King Institute of Preventive Medicine Micro-Biological Section reports 1909-11
Year: 1909
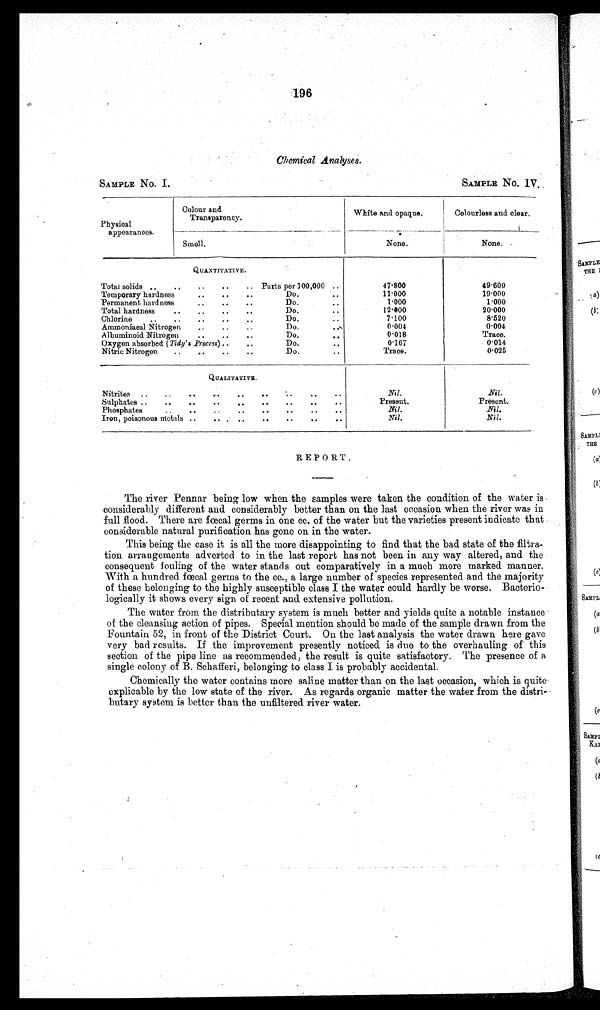
196
Chemical Analyses.
SAMPLE NO. I.
SAMPLE No. IV.
Physical
appearances.
Colour and
Transparency.
White and opaque.
Colourless and clear.
Smell.
None.
None.
QUANTITATIVE.
49.600
Total solids ..
..
..
..
.. Parts per 100,000 ..
47.800
Temporary hardness
..
..
..
Do.
• .
11.000
19.000
Permanent hardness..
• •
.
Do .
..
1.000
1.000
Total hardness
..
..
..
..
Do.
12.000
20.000
Chlorine
..
..
..
..
Do...
7 . 1 0 0
8.520
Ammoniacal Nitrogen
..
..
Do.
, ...
0.004
0.004
Albuminoid Nitrogen
..
..
..
Do.
• •
0.018
Trace.
0.167
0.014
Oxygen absorbed (Tidy's Process) ..
..
Do.
• •
0.025
Nitric Nitrogen
..
..
..
..
Do.
Trace.
Q U A L I T A T I V E .
Nitrites
..
..
..
..
• •
..
• •
• •
• •
Nil.
Nil.
Present.
Present.
Sulphates ..
..
..
..
..
..
..
..
..
Nil.
Nil.
Phosphates
..
..
..
..
..
• •
• •
..
Nil.
Iron, poisonous metals ..
.. . ..
..
..
..
..
Nil.
REPORT.
The river Pennar being low when the samples were taken the condition of the water is
considerably different and considerably better than on the last occasion when the river was in
full flood. There are fœcal germs in one cc. of the water but the varieties present indicate that
considerable natural purification has gone on in the water.
This being the case it is all the more disappointing to find that the bad state of the filtra
- t i o n a r r a n g e m e n t s a d v e r t e d t o i n t h e l a s t r e p o r t h a s n o t b e e n i n a n y w a y a l t e r e d , a n d t h e
consequent fouling of the water stands out comparatively in a much more marked manner.
With a hundred fœcal germs to the cc., a large number of species represented and the majority
of these belonging to the highly susceptible class I the water could hardly be worse. Bacterio
- l o g i c a l l y i t s h o w s e v e r y s i g n o f r e c e n t a n d e x t e n s i v e p o l l u t i o n .
The water from the distributary system is much better and yields quite a notable instance
of the cleansing action of pipes. Special mention should be made of the sample drawn from the
Fountain 52, in front of the District Court. On the last analysis the water drawn here gave
very bad results. If the improvement presently noticed is due to the overhauling of this
section of the pipe line as recommended, the result is quite satisfactory. The presence of a
single colony of B. Schafferi, belonging to class I is probably accidental.
Chemically the water contains more saline matter than on the last occasion, which is quite
explicable by the low state of the river. As regards organic matter the water from the distri
-butary system is better than the unfiltered river water.